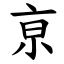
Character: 亰